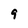
Character: 9